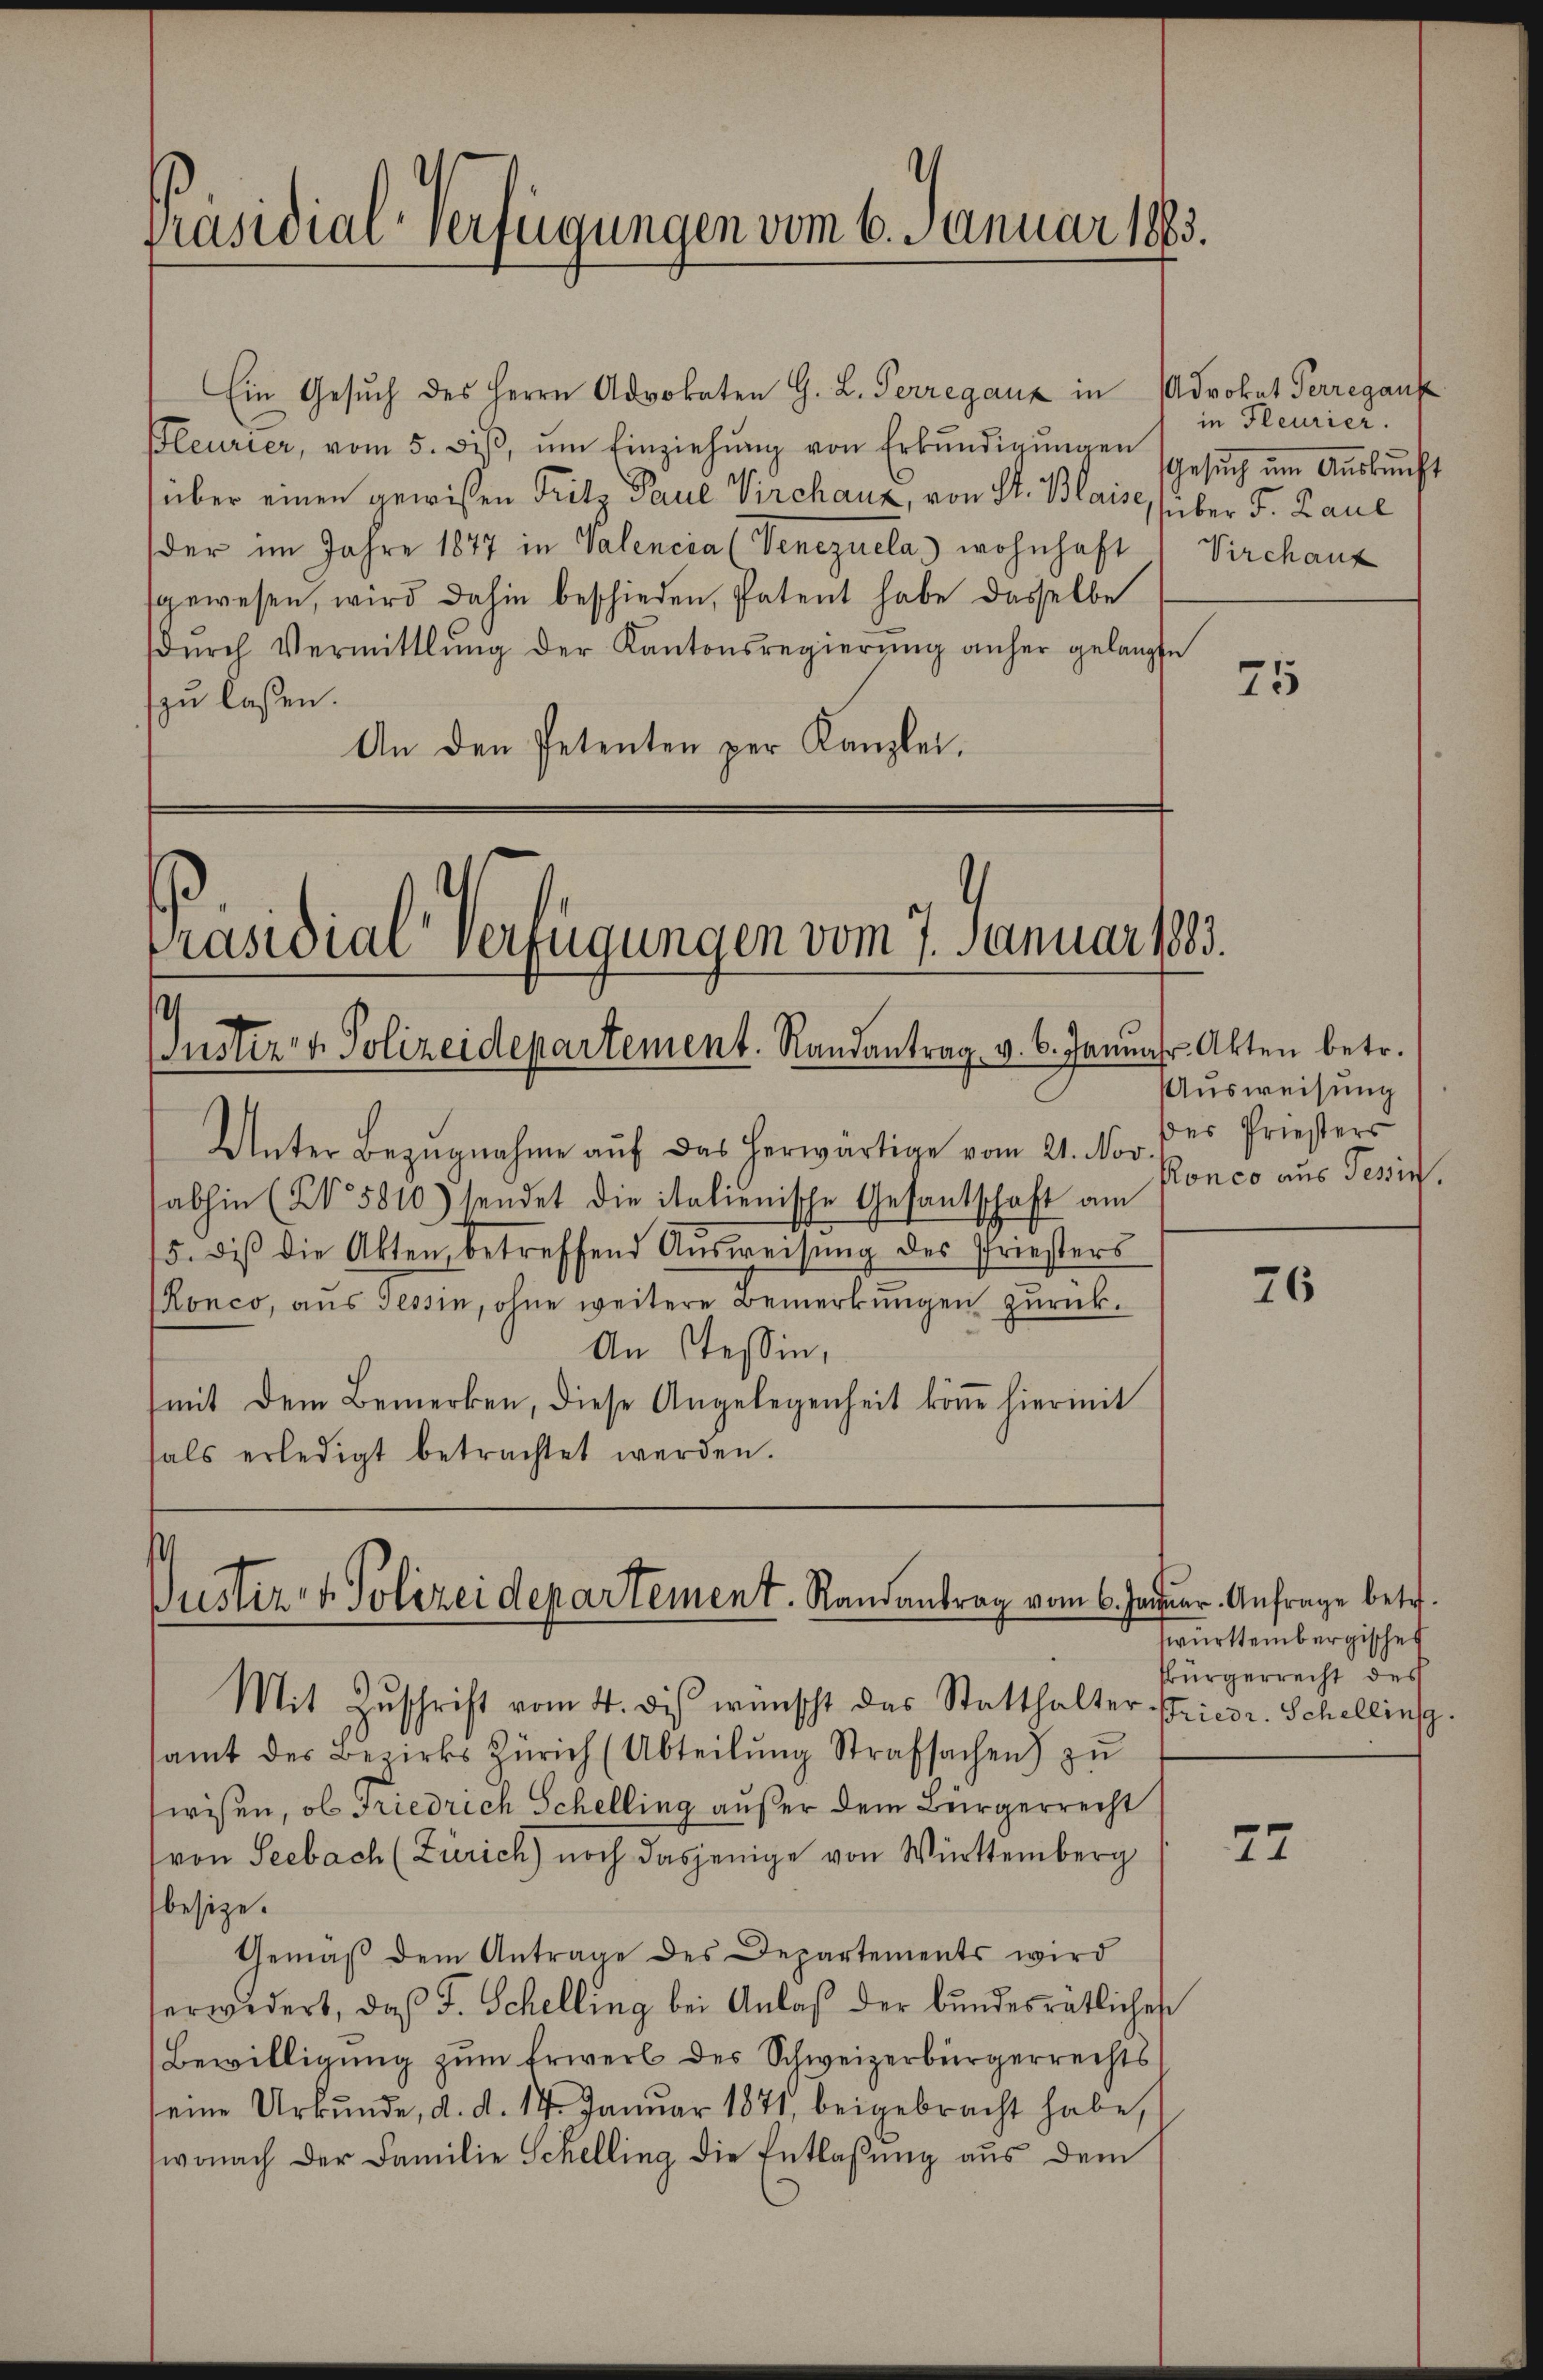
Ein Gesuch des Herrn Advokaten G. L. Perregauz in
Pleurier, vom 5. deβ, ŭm Einziehŭng von Erkŭndigŭngen (Gesŭch ŭm Aŭskŭnft
über einen gewißen Fritz Paul Virchauz, von St. Blaise, (über F. Paul
der im Jahre 1877 in Valencia (Venezuela) wohnhaft Virchanz
sgewesen, wird dahin beschieden, Patent habe dasselbe
dŭrch Vermittlung der Kantonsregierŭng anher gelangte
zu lassen.
An den Petenten per Kanzlei.

Präsidial-Verfügungen vom 6. Januar 1883.

Präsidial-Verfügungen vom 7. Januar 1883.
Guster- & Polizeidepartement. Randantrag v. 6. Januar Akten betr.

Unter Bezugnahme auf das herwärtige vom 21. Nov.
abhin (N. 5810) sendet die italienische Gesantschaft am
5. bis die Akten, betreffend Ausweisung des Priesters
Ronco, aus Tessin, ohne weitere Bemerkungen zurück.
An Tessin,
mit dem Bemerken, diese Angelegenheit könne hiermit
hals erledigt betrachtet werden.

Justiz- & Polizeidepartement. Randantrag vom 6. Januar. Anfrage betr.
Mit Zŭschrift vom 4. des wünscht das Statthalter Friedr. Schellins.

Ausweisung
des Priesters
Ronco aus Tessin.

samt des Bezirks Zürich (Abteilŭng Strafsachen) zu
wisen, ob Friedrich Schelling außer dem Bürgerrecht
(von Seebach (Zürich) noch dasjenige von Württemberg
besize.
Gemäß dem Antrage des Departements wird
serwedert, daß F. Schelling bei Anlaß der bundesrätliches
Bewilligung zum Erwerb des Schweizerbürgerrechts
seine Urkunde, d. d. 17. Januar 1871, beigebracht habe,
wonach der Familie Schelling die Entlaßung aus dem

Advokat Perregauk
in Fleurier.

75

76

württembergisches
sbürgerrecht des

72